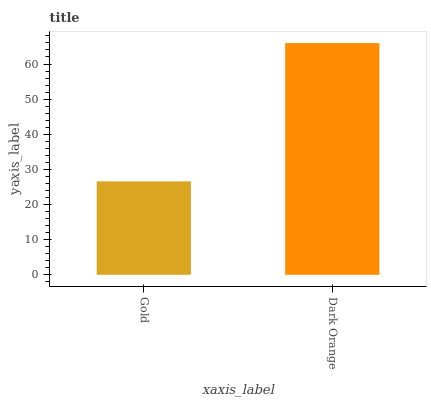
| xaxis_label | bars |
 | --- | --- |
 | Gold | 26.6 |
 | Dark Orange | 66 |